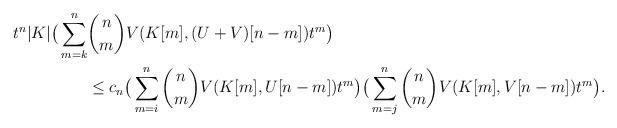
LaTeX: \begin{align*}t^n|K|\big(\sum_{m=k}^n &{{n}\choose{m}}V(K[m], (U+V)[n-m])t^m \big) \\ &\le c_n\big(\sum_{m=i}^n {{n}\choose{m}}V(K[m], U[n-m])t^m \big)\big(\sum_{m=j}^n {{n}\choose{m}}V(K[m], V[n-m])t^m \big).\end{align*}